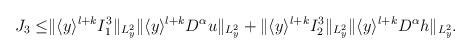
LaTeX: \begin{align*}\begin{aligned}J_3 \leq &\Vert \langle y\rangle^{l+k}I^3_1\Vert_{L^2_y}\Vert \langle y\rangle^{l+k}D^\alpha u\Vert_{L^2_y}+\Vert \langle y\rangle^{l+k}I^3_2\Vert_{L^2_y}\Vert \langle y\rangle^{l+k}D^\alpha h\Vert_{L^2_y}.\end{aligned}\end{align*}